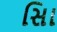
સાિ